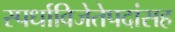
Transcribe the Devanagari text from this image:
स्पर्धाविजेतेपदांसह